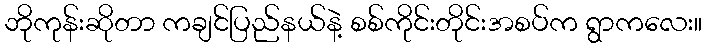
ဘိုကုန်းဆိုတာ ကချင်ပြည်နယ်နဲ့ စစ်ကိုင်းတိုင်းအစပ်က ရွာကလေး။